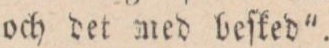
och det med beſked”.